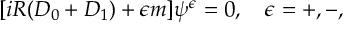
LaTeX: [ i R ( { \cal D } _ { 0 } + { \cal D } _ { 1 } ) + \epsilon m ] \psi ^ { \epsilon } = 0 , \quad \epsilon = + , - ,